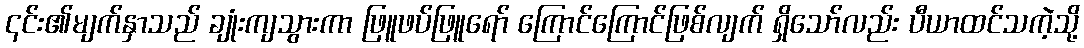
၎င်း၏မျက်နှာသည် ချုံးကျသွားကာ ဖြူဖပ်ဖြူရော် ကြောင်ကြောင်ဖြစ်လျက် ရှိသော်လည်း ပီယာထင်သကဲ့သို့